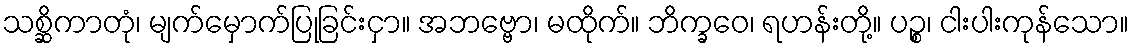
သစ္ဆိကာတုံ၊ မျက်မှောက်ပြုခြင်းငှာ။ အဘဗ္ဗော၊ မထိုက်။ ဘိက္ခဝေ၊ ရဟန်းတို့။ ပဉ္စ၊ ငါးပါးကုန်သော။